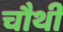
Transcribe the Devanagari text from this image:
चाैथी